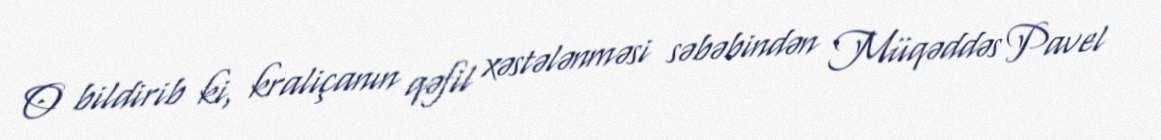
O bildirib ki, kraliçanın qəfil xəstələnməsi səbəbindən Müqəddəs Pavel